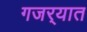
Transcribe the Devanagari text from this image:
गजर्‍यात